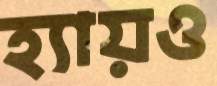
হ্যায়ও